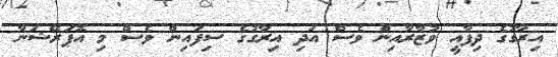
އިރާގުގެ ދިފާއީ ވުޒާރާއިން ވެސް އަދި އިރާގުގެ ސިފައިން ވެސް މި އޮޕަރޭޝަނާ